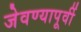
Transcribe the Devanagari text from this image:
जेवण्यापूर्वी